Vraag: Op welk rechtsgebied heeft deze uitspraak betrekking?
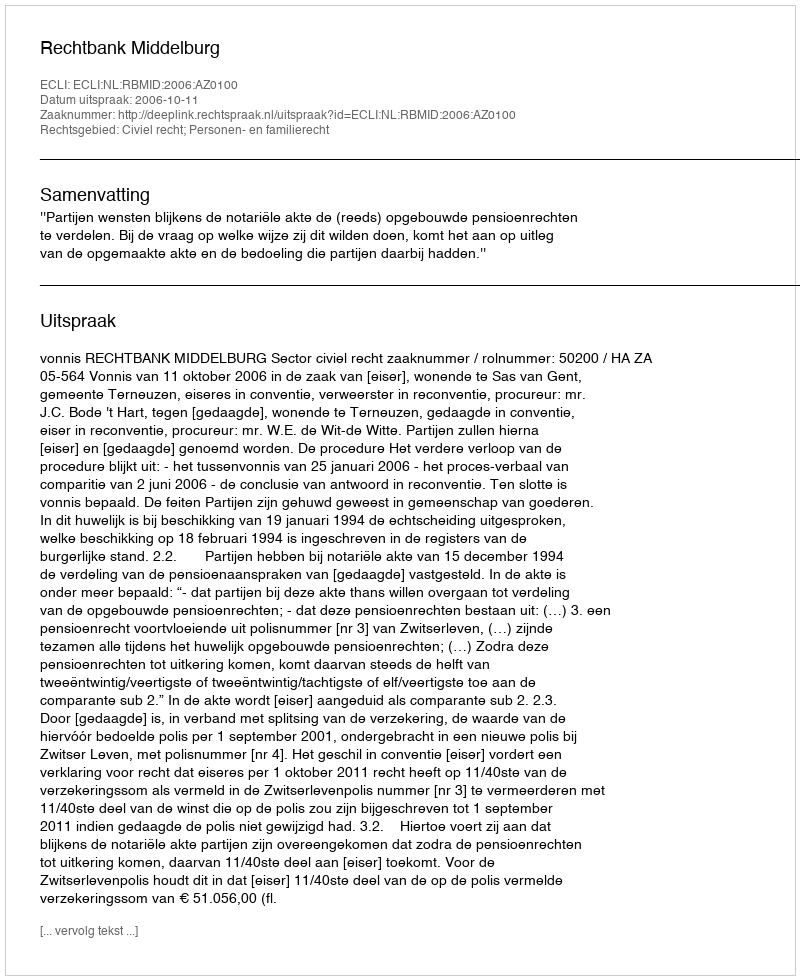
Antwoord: Civiel recht; Personen- en familierecht